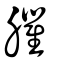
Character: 臞